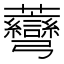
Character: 𧆅